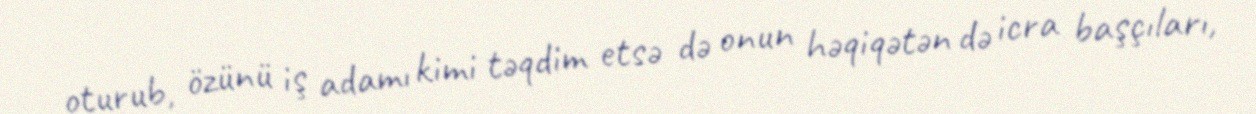
oturub, özünü iş adamı kimi təqdim etsə də onun həqiqətən də icra başçıları,